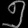
Digit: ၅